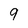
Character: 9